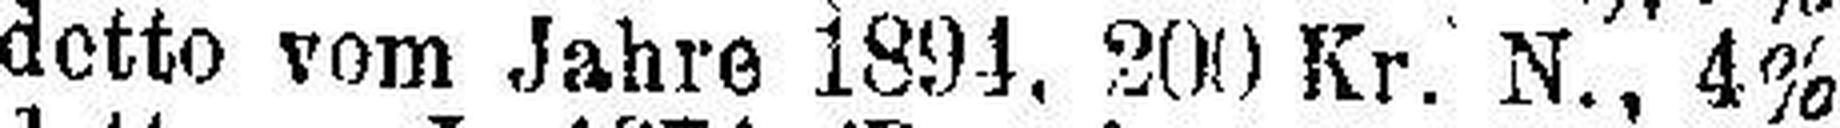
detto vom Jahre 1894, 200 Kr. N., 4%